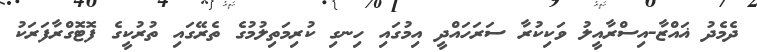
ދެމެދު ޣައްޒާ-އިސްރާއީލު ވަކިކުރާ ސަރަހައްދީ އިމުގައި ހިނގި ކުރިމަތިލުމުގެ ތެރޭގައި ތުރުކީގެ ފޮޓޮގްރާފަރަކު